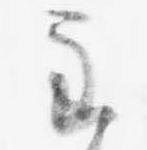
主